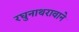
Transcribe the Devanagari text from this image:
रघुनाथरावाने